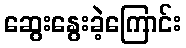
ဆွေးနွေးခဲ့ကြောင်း